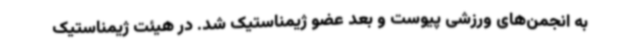
به انجمن‌های ورزشی پیوست و بعد عضو ژیمناستیک شد. در هیئت ژیمناستیک